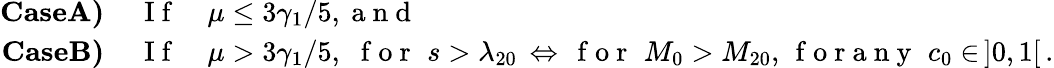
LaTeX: \begin{array}{rl}{\textbf{CaseA)}}&{{}\, \mathrm{~I~f~}\quad\mu\leq{3\gamma_{1}}/{5},\mathrm{~a~n~d~}}\\ {\textbf{CaseB)}}&{{}\, \mathrm{~I~f~}\quad\mu>{3\gamma_{1}}/{5},\, \, \mathrm{~f~o~r~}\, \, s>\lambda_{20}\, \Leftrightarrow\, \mathrm{~f~o~r~}\, \, M_{0}>M_{20},\, \mathrm{~f~o~r~a~n~y~}\, \, c_{0}\in\, ]0,1[\, .}\end{array}